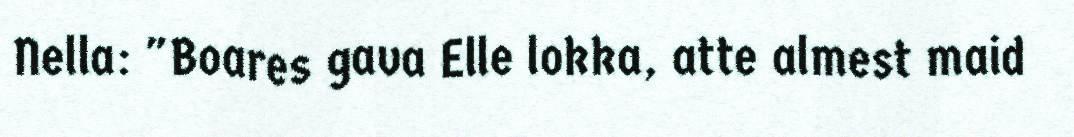
Nella: "Boares gava Elle lokka, atte almest maid